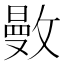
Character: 𢿜